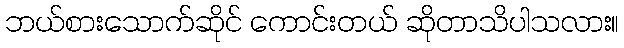
ဘယ်စားသောက်ဆိုင် ကောင်းတယ် ဆိုတာသိပါသလား။